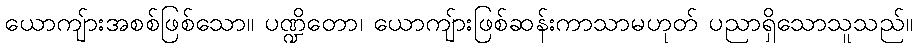
ယောကျ်ားအစစ်ဖြစ်သော။ ပဏ္ဍိတော၊ ယောကျ်ားဖြစ်ဆန်းကာသာမဟုတ် ပညာရှိသောသူသည်။